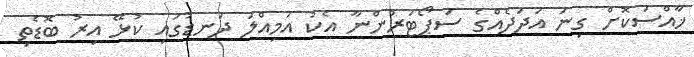
ޚާއްސަކޮށް ގިނަ އަދަދެއްގެ ސަޕޯޓަރުންނާ އެކު އަމިއްލަ ދަނޑުގައި ކުޅޭ އިރު ބޮޑެތި